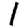
Digit: 1